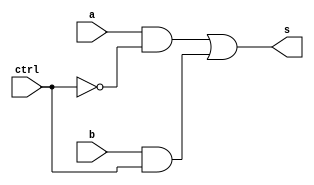
`ifndef _Mux2to1
`define _Mux2to1

module Mux2to1(
    a,  // candidate
    b,  // candidate
    ctrl,  // control
    s  // final selection
);

    input wire a;
    input wire b;
    input wire ctrl;
    output wire s;

    wire sel1, sel2;

    and(sel1, a, ~ctrl);
    and(sel2, b, ctrl);
    or(s, sel1, sel2);

endmodule // Mux2to1

`endif